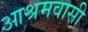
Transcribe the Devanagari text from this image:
आश्रमवासी